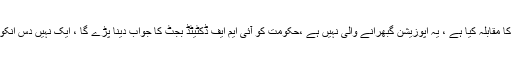
انہوں نے کہا کہ موجودہ اپوزیشن وہ اپوزیشن ہے جس نے آمروں کا مقابلہ کیا ہے ، یہ اپوزیشن گبھرانے والی نہیں ہے ،حکومت کو آئی ایم ایف ڈکٹیٹڈ بجٹ کا جواب دینا پڑے گا ، ایک نہیں دس انکوائری کمیشن بنائے جائیں ہم ایک ایک جواب دینے کیلئے تیار ہیں۔